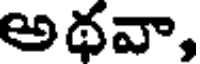
అథవా,